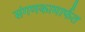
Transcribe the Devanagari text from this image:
संगणकामार्फत